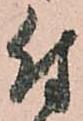
付